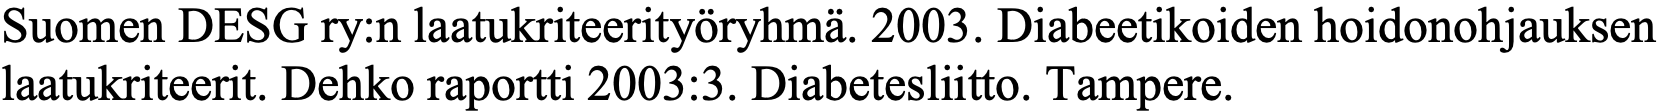
Suomen DESG ry:n laatukriteerityöryhmä. 2003. Diabeetikoiden hoidonohjauksen laatukriteerit. Dehko raportti 2003:3. Diabetesliitto. Tampere.